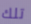
تلك